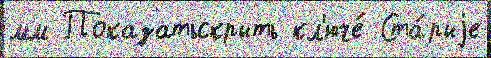
мм Показатьскрыть кл'юче́ Ста́рыjе